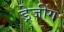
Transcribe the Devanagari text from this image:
ड्रेजींग